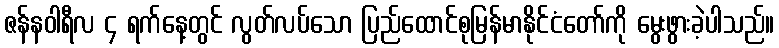
ဇန်နဝါရီလ ၄ ရက်နေ့တွင် လွတ်လပ်သော ပြည်ထောင်စုမြန်မာနိုင်ငံတော်ကို မွေးဖွားခဲ့ပါသည်။